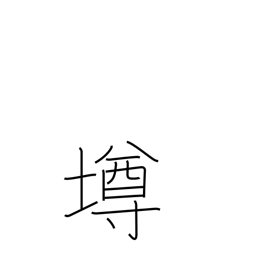
Meaning: cup